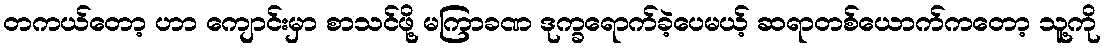
တကယ်တော့ ဟာ ကျောင်းမှာ စာသင်ဖို့ မကြာခဏ ဒုက္ခရောက်ခဲ့ပေမယ့် ဆရာတစ်ယောက်ကတော့ သူ့ကို